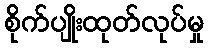
စိုက်ပျိုးထုတ်လုပ်မှု